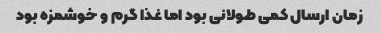
زمان ارسال کمی طولانی بود اما غذا گرم و خوشمزه بود